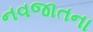
નવજાતના